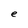
Character: e